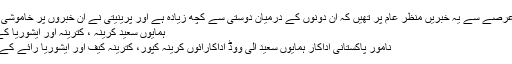
پچھلے کچھ عرصے سے یہ خبریں منظر عام پر تھیں کہ ان دونوں کے درمیان دوستی سے کچھ زیادہ ہے اور پرینیتی نے ان خبروں پر خاموشی اختیار کر…
ہمایوں سعید کرینہ ، کترینہ اور ایشوریا کے مداح نکلے
نامور پاکستانی اداکار ہمایوں سعید الی ووڈ اداکارائوں کرینہ کپور، کترینہ کیف اور ایشوریا رائے کے مداح نکلے ۔